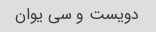
دویست و سی یوان